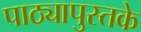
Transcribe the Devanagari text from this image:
पाठ्यापुस्तके